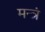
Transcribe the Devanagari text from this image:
मन्‍त्रं